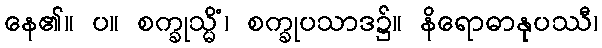
နေ၏။ ပ။ စက္ခုသ္မိံ၊ စက္ခုပသာဒ၌။ နိရောဓာနုပဿီ၊